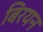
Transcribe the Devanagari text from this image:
बिरयन